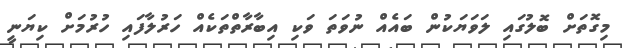
މިގޮތަށް ބޮލުގައި ލަވަޔަކުން ބައެއް ނުވަތަ ވަކި އިބާރާތްތަކެއް ހަރުލާފައި ހުރުމަށް ކިޔަނީ